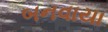
બનવાયા